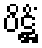
ပိဋ္ဌိံ